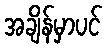
အချိန်မှာပင်